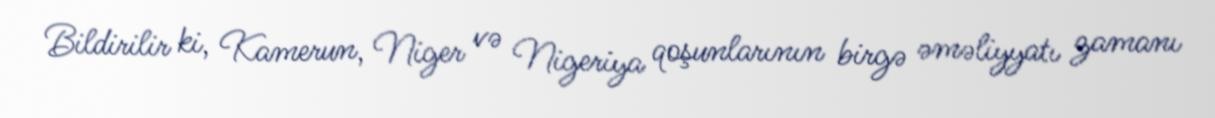
Bildirilir ki, Kamerun, Niger və Nigeriya qoşunlarının birgə əməliyyatı zamanı